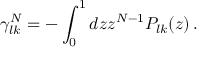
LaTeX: \gamma _ { l k } ^ { N } = - \int _ { 0 } ^ { 1 } d z z ^ { N - 1 } P _ { l k } ( z ) \, .